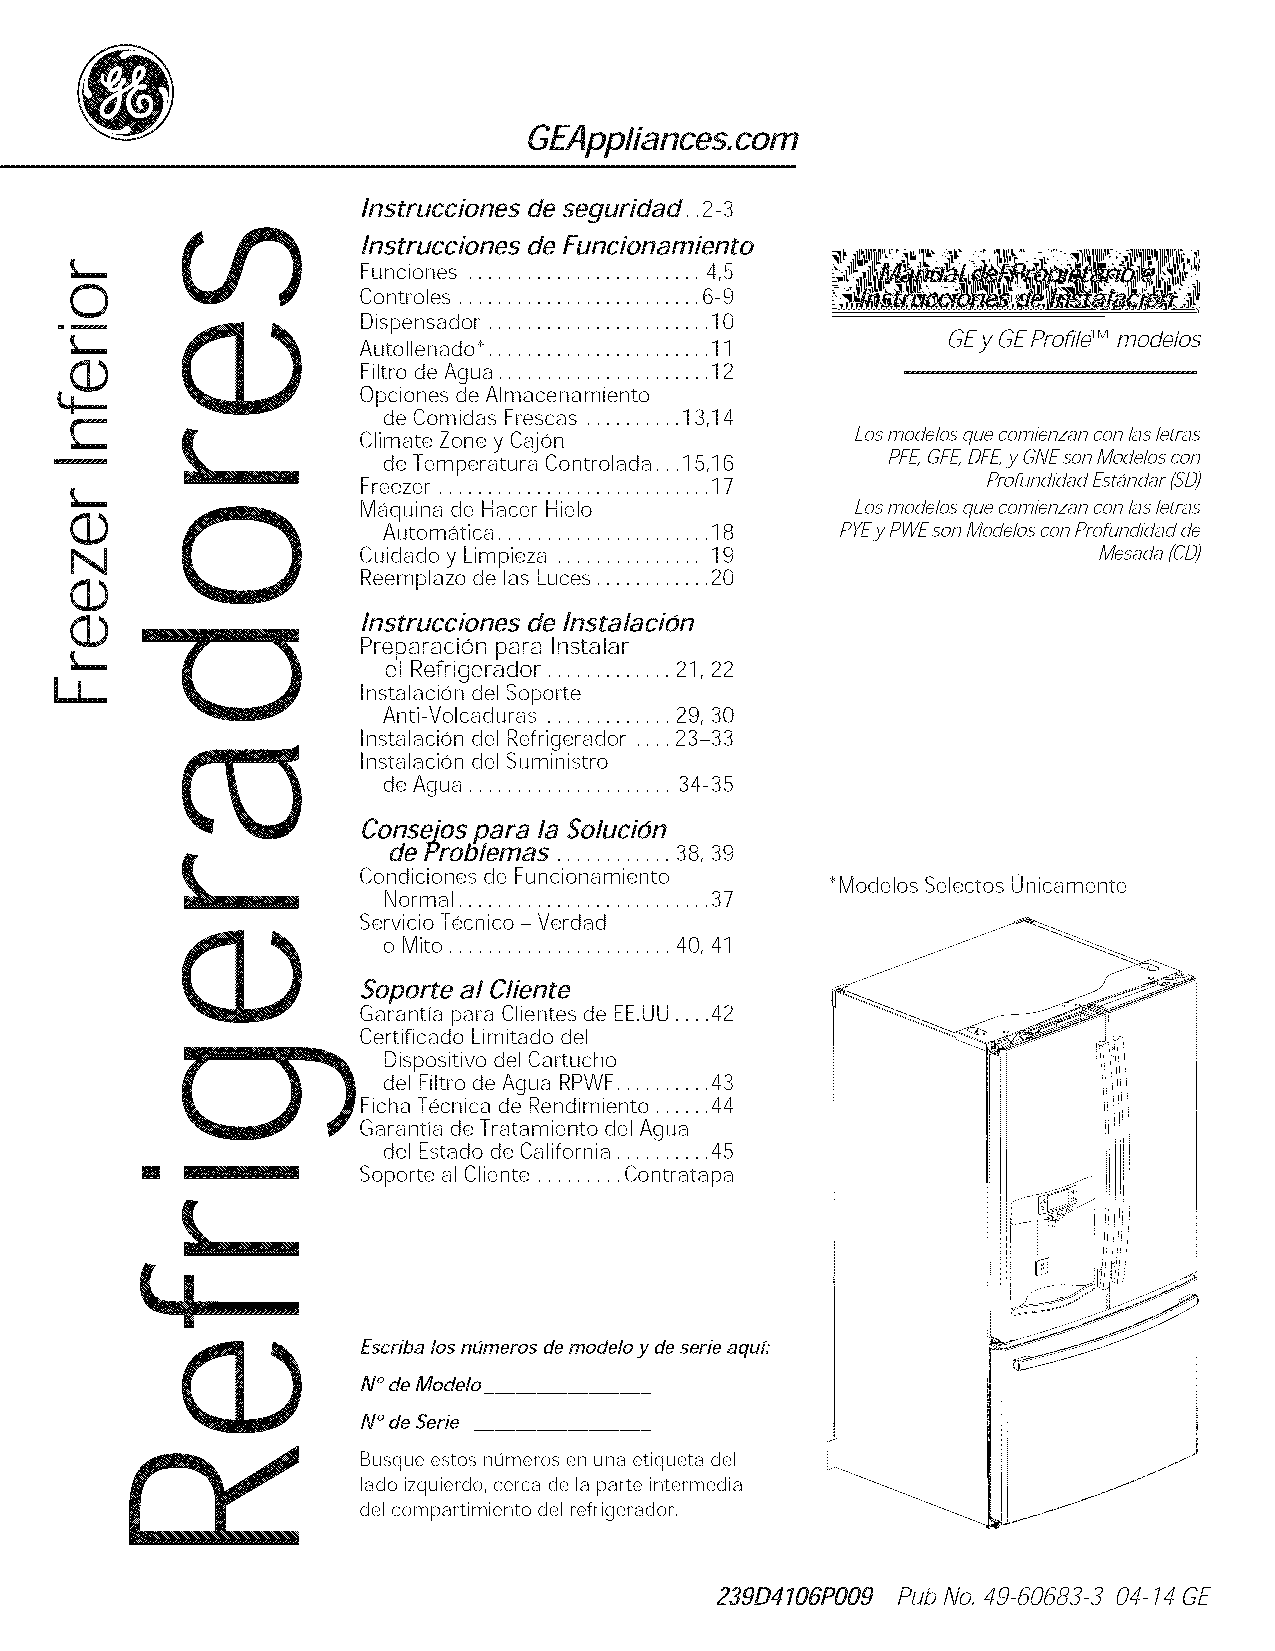
GEAppliances.com
 Instrucciones de seguridad.. 2-3
 Instrucciones de Funcionamiento
 L__                Funciones ........................ 4,5
 0
 Controles ......................... 6-9
 Disioensador ....................... 10
 E m
 L__                Autollenado _....................... 11 GEz GEProfild Mmodelos
 Filtro de Agua ...................... 12
 Opciones de Almacenamiento
 C                   de Comidas Frescas .......... 13,14
 Climate Zone y Cajon             Los mode/os que cornienzan con I_s letms
 de Temperatura Controlada... 15,16 PFE,GFE,DFE,y GNEson Modelos con
 Freezer ............................ 17  Profundid_d Est_nd_r (SD)
 L__    0
 (1)                Maquina de Hacer Hielo           Los modelos que cornienzan con I_s letms
 Automatica ...................... 18 PYEj/ PWEson Modelos con Profundid_d de
 N                  Cuidado y Limpieza ............... 19            Mes_d_ (CD)
 (1)                Reemplazo de las Luces ............ 20
 (1)                Instrucciones de Instalacion
 Preparacion para Instalar
 L__
 el Refrigerador ............. 21, 22
 LL
 Instalacion del Soioorte
 Anti-Volcaduras ............. 29, 30
 Instalacion del Refrigerador .... 23-33
 Instalacion del Suministro
 de Agua ..................... 34-35
 Consejos Rara la &olucidn
 de Problemas ............ 38, 39
 Condiciones de Funcionamiento
 _Modelos Selectos Unicamente
 Normal .......................... 37
 Servicio Tecnico - Verdad
 o Mito ....................... 40, 41
 Soporte al Cliente
 Garantia para Clientes de EE.UU.... 42
 Certificado Limitado del
 Dispositivo del Cartucho
 del Filtro de Agua RPWF.......... 43
 Ficha Tecnica de Rendimiento ...... 44
 Garantia de Tratamiento del Agua
 del Estado de California .......... 45
 m              Soporte al Cliente ......... Contratapa
 £__
 Escriba los numeros de modelo y de serie aquL"
 N°de Modelo
 N°de Serie
 Busque estos numeros en una etiqueta del
 lado izquierdo, cerca de la parte intermedia
 del compartimiento del refrigerador,
 239D4106PO09 Pub No. 4,9-60683-3 04-74 GE